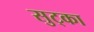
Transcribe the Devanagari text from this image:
सुट्का